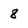
Character: 8